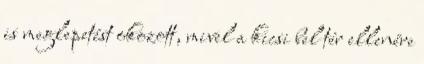
is meglepetést okozott, mivel a kicsi bel tér ellenére